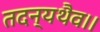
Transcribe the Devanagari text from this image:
तदन्यथैव।।